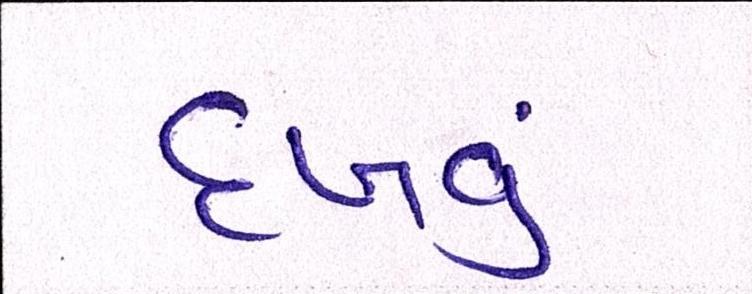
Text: દઃખવું